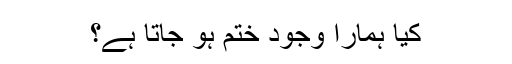
کیا ہمارا وجود ختم ہو جاتا ہے؟